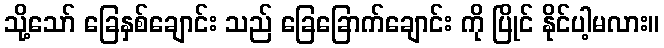
သို့သော် ခြေနှစ်ချောင်း သည် ခြေခြောက်ချောင်း ကို ပြိုင် နိုင်ပါ့မလား။